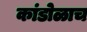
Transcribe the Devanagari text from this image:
कांडोळाच